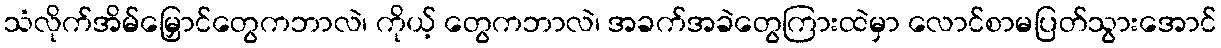
သံလိုက်အိမ်မြှောင်တွေကဘာလဲ၊ ကိုယ့် တွေကဘာလဲ၊ အခက်အခဲတွေကြားထဲမှာ လောင်စာမပြတ်သွားအောင်